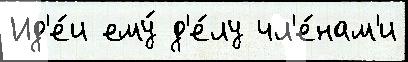
Ид'е́и ему́ д'е́лу чл'е́нам'и